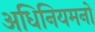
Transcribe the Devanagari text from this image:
अधिनियमनों